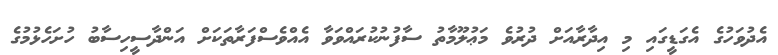
އެދުވަހުގެ އެގަޑީގައި މި އިދާރާއަށް ދުރުވެ މަޢުލޫމާތު ސާފުނުކުރައްވަވާ އެއްވެސްފަރާތަކަށް އަންދާސީހިސާބު ހުށަހެޅުމުގެ